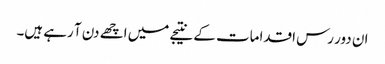
ان دور رس اقدامات کے نتیجے میں اچھے دن آ رہے ہیں۔